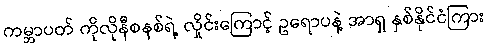
ကမ္ဘာပတ် ကိုလိုနီစနစ်ရဲ့ လှိုင်းကြောင့် ဥရောပနဲ့ အာရှ နှစ်နိုင်ငံကြား